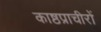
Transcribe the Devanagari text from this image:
काष्ठप्राचीरों